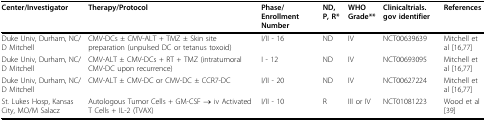
<table><thead><tr><td><b>Center/Investigator</b></td><td><b>Therapy/Protocol</b></td><td><b>Phase/Enrollment Number</b></td><td><b>ND, P, R*</b></td><td><b>WHO Grade**</b></td><td><b>Clinicaltrials.gov identifier</b></td><td><b>References</b></td></tr></thead><tbody><tr><td>Duke Univ, Durham, NC/D Mitchell</td><td>CMV-DCs ± CMV-ALT + TMZ ± Skin site preparation (unpulsed DC or tetanus toxoid)</td><td>I/II - 16</td><td>ND</td><td>IV</td><td>NCT00639639</td><td>Mitchell et al [16,77]</td></tr><tr><td>Duke Univ, Durham, NC/D Mitchell</td><td>CMV-ALT ± CMV-DCs + RT + TMZ (intratumoral CMV-DC upon recurrence)</td><td>I - 12</td><td>ND</td><td>IV</td><td>NCT00693095</td><td>Mitchell et al [16,77]</td></tr><tr><td>Duke Univ, Durham, NC/D Mitchell</td><td>CMV-ALT ± CMV-DC or CMV-DC ± CCR7-DC</td><td>I/II - 20</td><td>ND</td><td>IV</td><td>NCT00627224</td><td>Mitchell et al [16,77]</td></tr><tr><td>St. Lukes Hosp, Kansas City, MO/M Salacz</td><td>Autologous Tumor Cells + GM-CSF → iv Activated T Cells + IL-2 (TVAX)</td><td>I/II - 10</td><td>R</td><td>III or IV</td><td>NCT01081223</td><td>Wood et al [39]</td></tr></tbody></table>